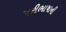
પરીભાષાની